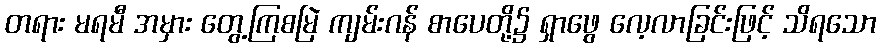
တရား မရမီ အမှား တွေ့ကြစမြဲ ကျမ်းဂန် စာပေတို့၌ ရှာဖွေ လေ့လာခြင်းဖြင့် သိရသော